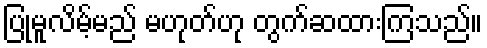
ပြုမူလိမ့်မည် မဟုတ်ဟု တွက်ဆထားကြသည်။